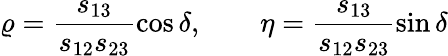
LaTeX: \varrho=\frac{s_{13}}{s_{12}s_{23}}\cos\delta,\qquad\eta=\frac{s_{13}}{s_{12}s_{23}}\sin\delta